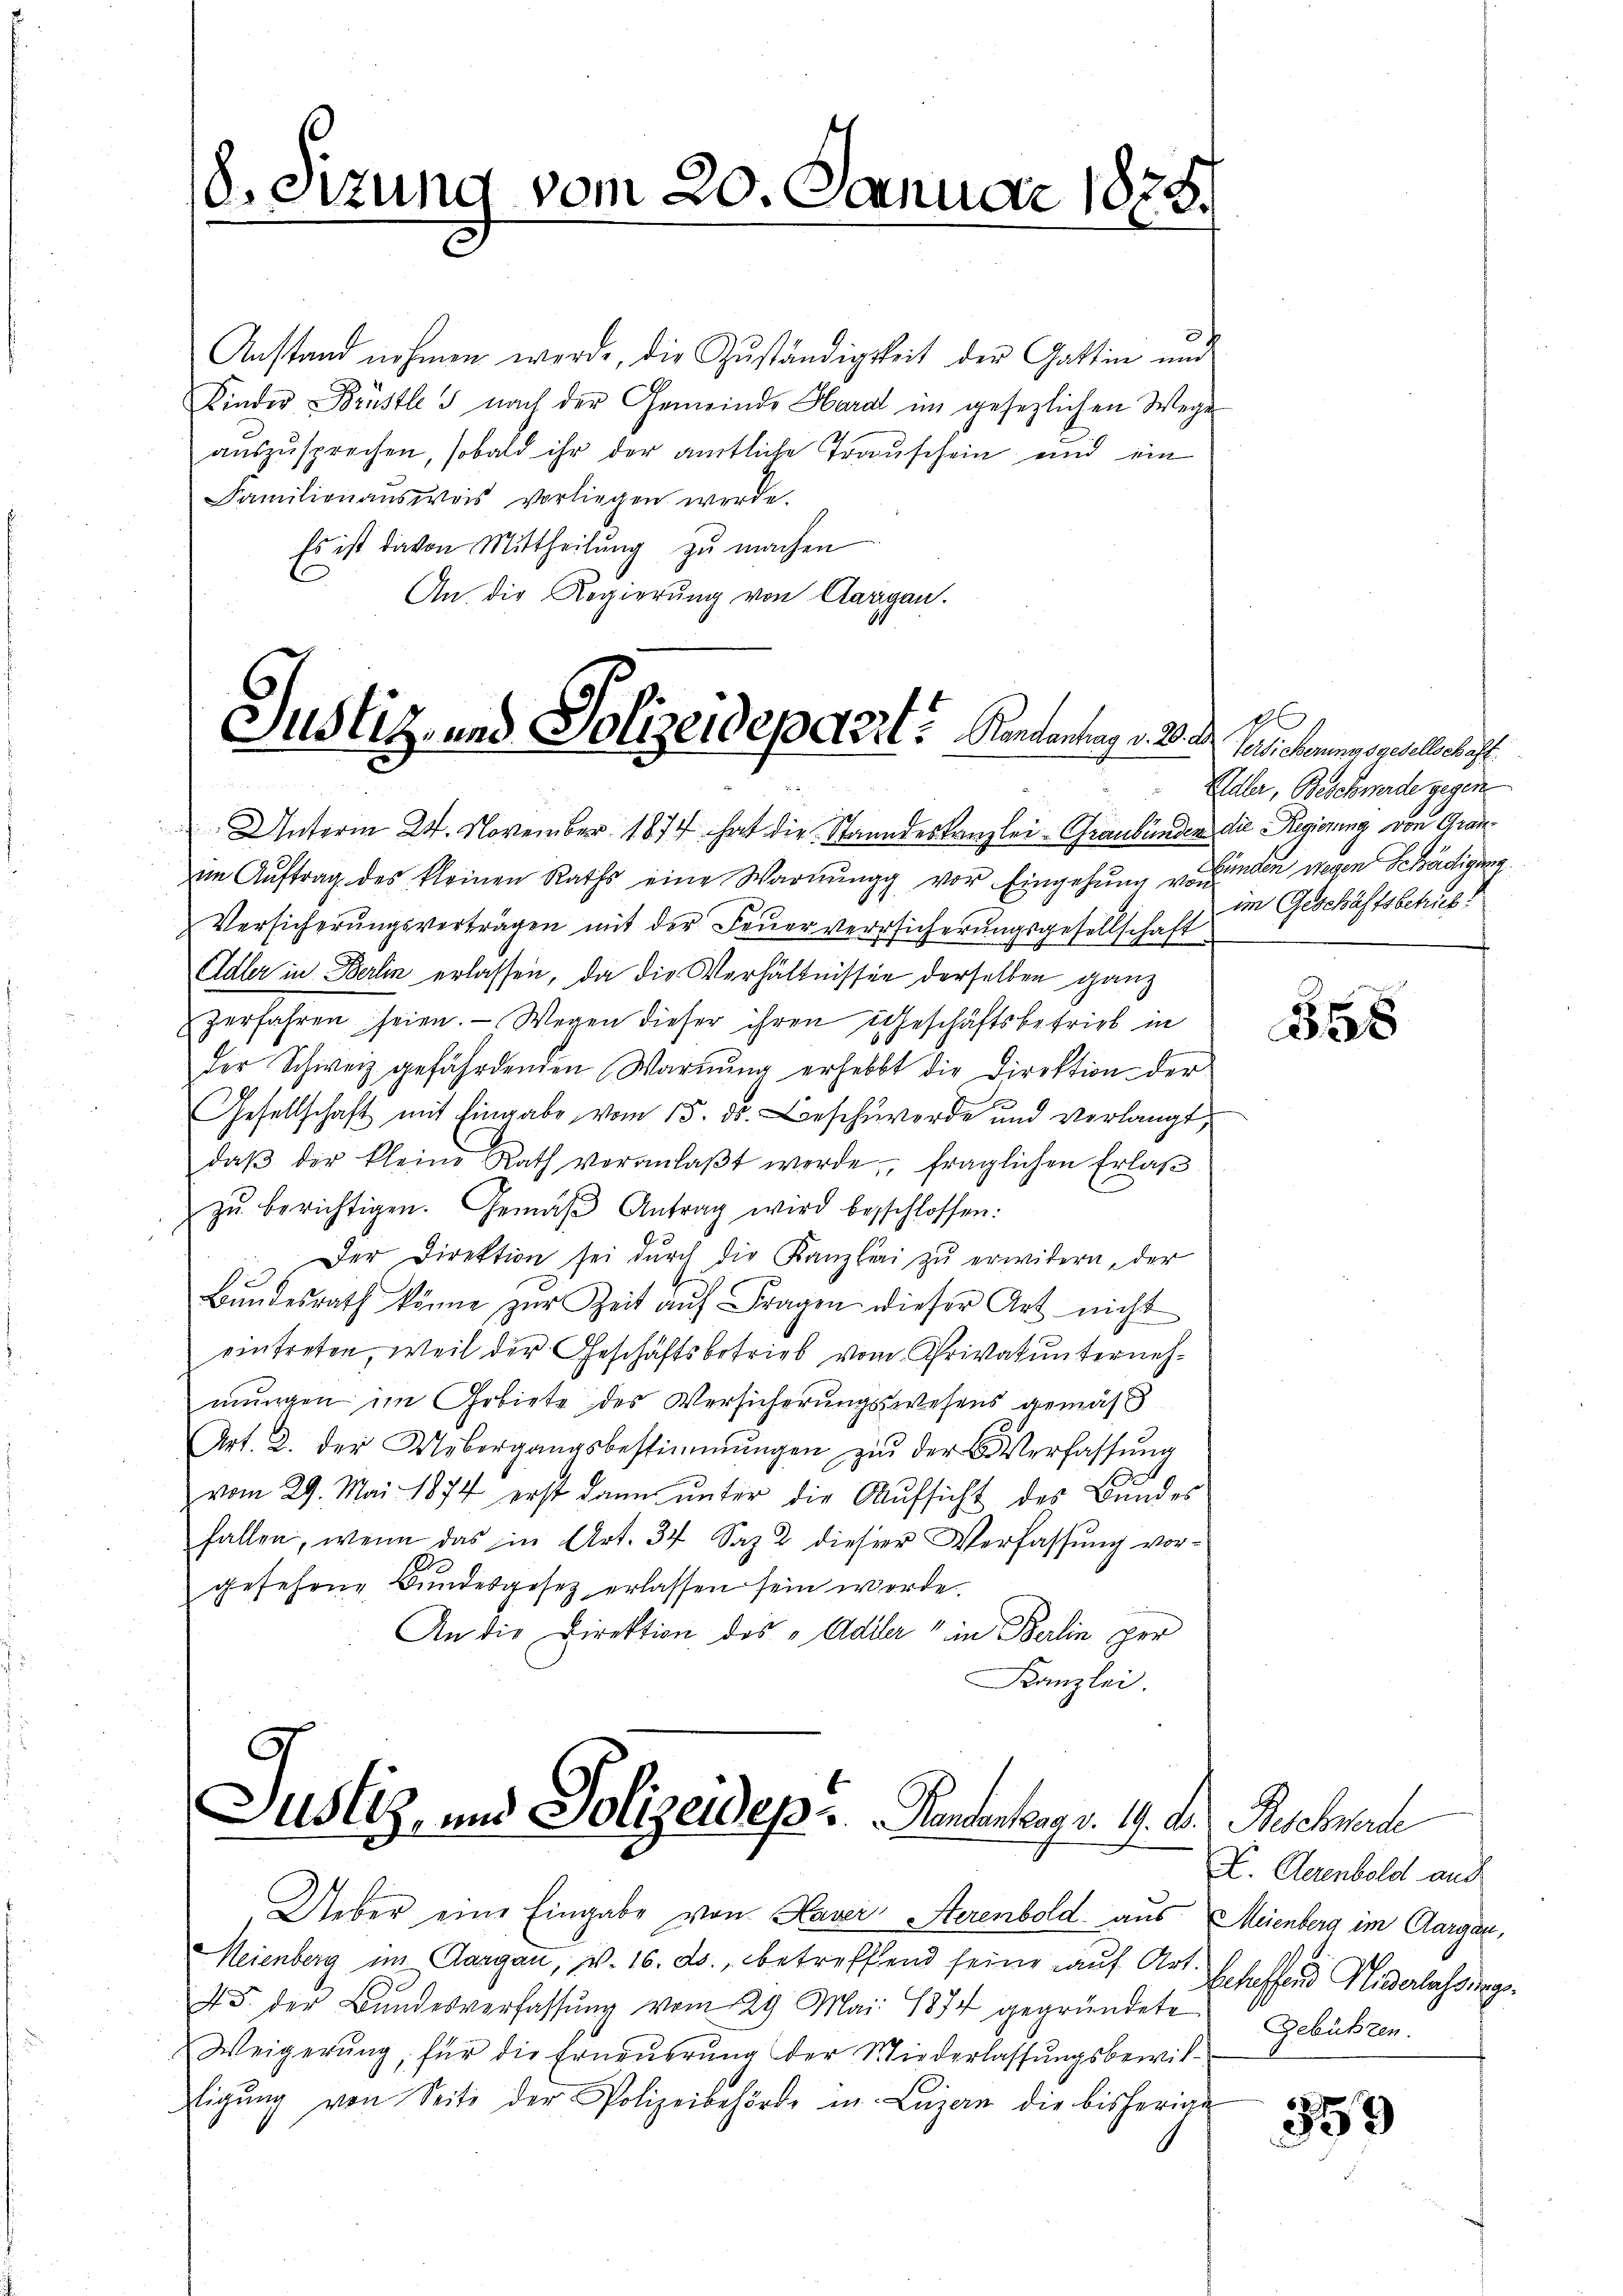
Justiz- und Polizeidepaert? Kantonung v. 20.

8. Sizung vom 20. Januar 1875.

Anstand nehmen werde, die Zuständigkeit der Gattin und
Kinder Brüstles nach der Gemeinde Hard im gesezlichen Wege
auszusprechen, sobald ihr der amtliche Trauschein und ein
Familienaŭsweis vorliegen werde.
Es ist davon Mittheilŭng zŭ machen
An die Regierung von Aargau.

Unterm 24. November 1874 hat die Standeskanzlei- Graubünden die Regierung von Grau-
im Aŭftrag des kleinen Raths eine Warnŭng vor Eingehung vorfinden wegen Schädigung
Versicherungsverträgen mit der Feuerversicherungsgesellschaft
Adler in Berlin erlassen, da die Verhältnissen derselben ganz
zerfahren seien. — Wegen dieser ihren Geschäftsbetrieb in
der Schweiz gefährdenden Warnung erhebbt die Direktion der
Gesellschaft mit Eingabe vom 15. ds. beschwerde und verlangt,
daβ der kleine Rath veranlaβt werde, fraglichen Erlaβ
zŭ berichtigen. Gemäβ Antrag wird besschlossen:
Der Direktion sei dŭrch die Kanzlei zŭ erwidern, der
Bŭndesrath könne zŭr Zeit aŭf Fragen dieser Art nicht
eintreten, weil der Geschäftsbetrieb vom Privatunternehmungen im Gebiete des Versicherungswesens gemäß
Art. 2. der Uebergangsbestimmungen zŭ der Verfassŭng
vom 29. Mai 1874 erst dann ŭnter die Aŭfsicht des Bundes
fallen, wenn das in Art. 34 Saz 2 dieser Verfassung vorgefehrne Bundesgesetz erlassen sein werde.
An die Direktion des „Adiler" in Berlin per
Kanzlei.

Justiz, und Polizeides  ..  .  Randantag v. 19. d. Beschwerde
d
Ueber eine Eingabe von Haver Sterenbold aus Meienberg im Aargau,

Meienberg im Aargau, v. 16. ds., betreffend seine auf Art
45. der Bŭndesverfassŭng vom 29. Mai 1874 gegründete
Weigerŭng für die Erneŭerŭng der Wiederlassŭngsbewil-
Eigŭng von Seite der Polizeibehörde in Lazan die bisherige

1
Versicherungsgesellschaft
Galer, Beschwerde gegen
im Geschäftsbetrief!

358

X. Abenbold auch
Betreffend Nederlassung.
Gebühren.

359